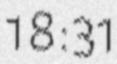
18:31